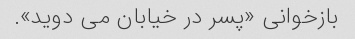
بازخوانی «پسر در خیابان می دوید».